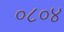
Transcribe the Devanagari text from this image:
०८०४